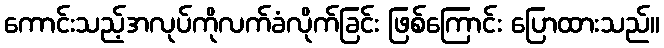
ကောင်းသည့်အလုပ်ကိုလက်ခံလိုက်ခြင်း ဖြစ်ကြောင်း ပြောထားသည်။